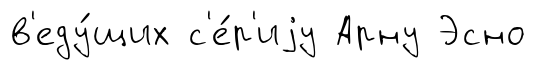
в'еду́щих с'е́р'иjу Арну Эсно